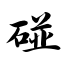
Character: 碰